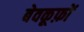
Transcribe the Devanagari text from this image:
बेवकूफ़ों